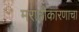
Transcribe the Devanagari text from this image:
मराठीकारणाचा